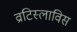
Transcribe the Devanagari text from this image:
व्राटिस्लाविस